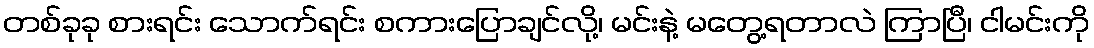
တစ်ခုခု စားရင်း သောက်ရင်း စကားပြောချင်လို့၊ မင်းနဲ့ မတွေ့ရတာလဲ ကြာပြီ၊ ငါမင်းကို